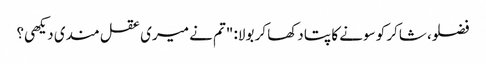
فضلو، شاکر کو سونے کا پتا دکھا کر بولا: "تم نے میری عقل مندی دیکھی؟